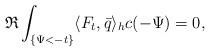
LaTeX: \begin{align*}\mathfrak{R} \int_{\{\Psi<-t\}}\langle F_t,\bar{q}\rangle_hc(-\Psi)=0,\end{align*}